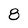
Character: 8